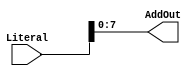
module Mem_Ad_Red(AddOut, Literal);

input[15:0] Literal;
output[7:0] AddOut;

assign AddOut = Literal [7:0];

endmodule